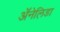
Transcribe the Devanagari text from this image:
ॲनेलिडा